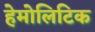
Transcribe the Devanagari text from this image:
हेमोलिटिक